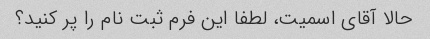
حالا آقای اسمیت، لطفا این فرم ثبت نام را پر کنید؟